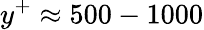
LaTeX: y^{+}\approx 500-1000